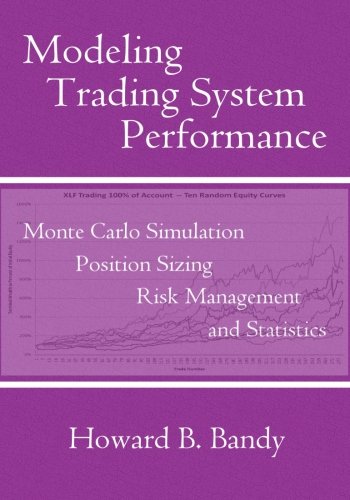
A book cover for Modeling Trading System Performance; Dr Howard B Bandy; Business & Money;